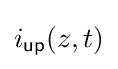
i_{\mathsf {up}}(z,t)